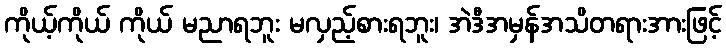
ကိုယ့်ကိုယ် ကိုယ် မညာရဘူး မလှည့်စားရဘူး၊ အဲဒီအမှန်အသိတရားအားဖြင့်